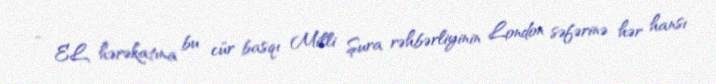
- EL hərəkatına bu cür basqı Milli Şura rəhbərliyinin London səfərinə hər hansı